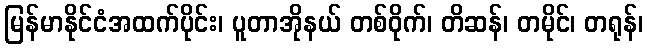
မြန်မာနိုင်ငံအထက်ပိုင်း၊ ပူတာအိုနယ် တစ်ဝိုက်၊ တိဆန်၊ တမိုင်၊ တရုန်၊